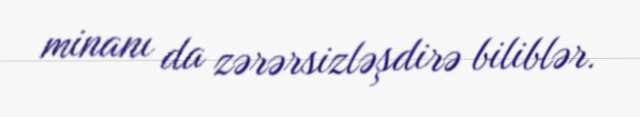
minanı da zərərsizləşdirə biliblər.